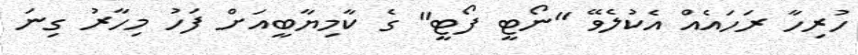
ހުރިހާ ރަހައެއް އެކުލެވޭ "ނޯޓީ ފޯޓީ" ގެ ކާމިޔާބީއަށް ފަހު މިހާރު ގިނަ